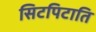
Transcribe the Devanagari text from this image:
सिटपिटाति